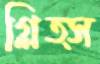
গ্লিত্স